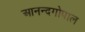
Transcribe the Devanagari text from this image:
आनन्दगोपाल